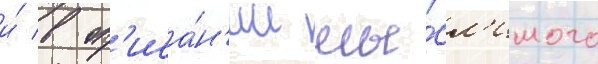
и́ в оп'иса́н'ии мы́сл'имого